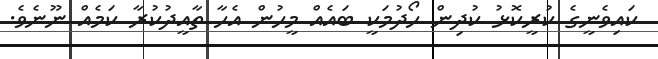
ކައިވެނީގެ ކުރީކޮޅު ކުދިން ހޯދުމަކީ ބައެއް މީހުން އެހާ ތާއީދުކުރާ ކަމެއް ނޫނެވެ.